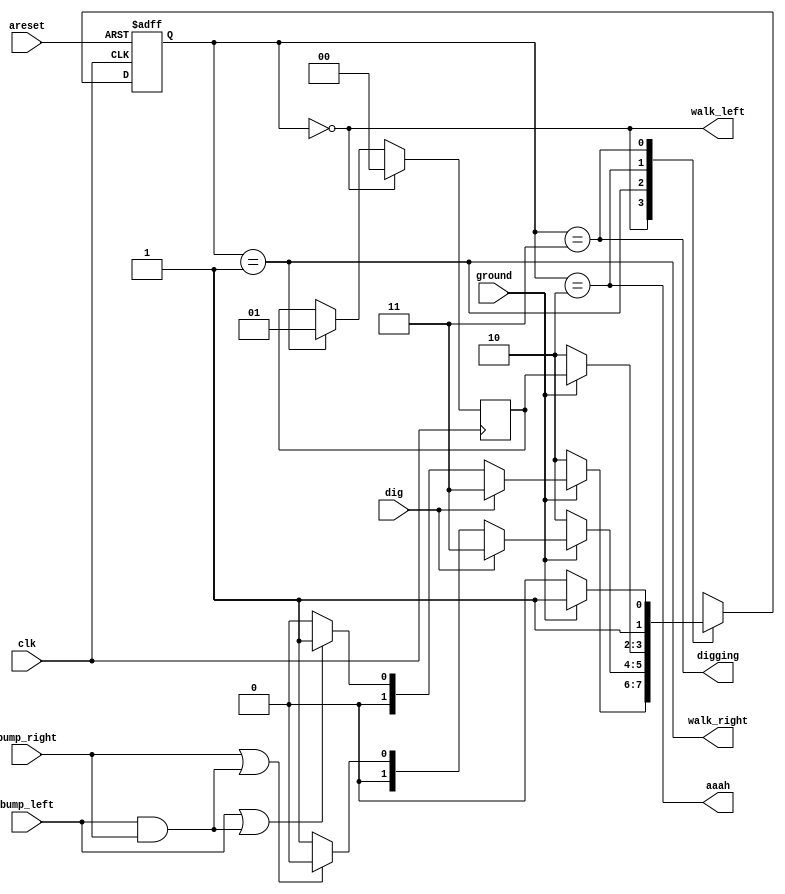
module top_module(
    input clk,
    input areset,    // Freshly brainwashed Lemmings walk left.
    input bump_left,
    input bump_right,
    input ground,
    input dig,
    output walk_left,
    output walk_right,
    output aaah,
    output digging ); 

    parameter LEFT=0, RIGHT=1, FALLING=2, DIGGING=3; 
    reg [1:0] state, next_state, save_state;

    always @(*) begin
        // State transition logic
        case (state)
            LEFT: begin
                if(~ground) next_state = FALLING;
                else if(dig) next_state = DIGGING;
            	else if((bump_left|(bump_left&bump_right))) next_state = RIGHT; 
            	else next_state = LEFT;
            end
            RIGHT: begin
                if(~ground) next_state = FALLING;
                else if(dig) next_state = DIGGING;
            	else if((bump_right|(bump_left&bump_right))) next_state = LEFT; 
            	else next_state = RIGHT;
            end
            FALLING: if(ground) next_state = save_state;
            else next_state = FALLING;
            DIGGING: if(~ground) next_state = FALLING;
            else next_state = DIGGING;
        endcase
    end
    
    always @(posedge clk) begin
        if(state == LEFT)
            save_state = LEFT;
        else if(state == RIGHT)
            save_state = RIGHT;
    end

    always @(posedge clk, posedge areset) begin
        // State flip-flops with asynchronous reset
        if(areset) begin
            state = LEFT;
        end else begin
            state = next_state;
        end
    end
    

    // Output logic
    assign walk_left = (state == LEFT);
    assign walk_right = (state == RIGHT);
    assign aaah = (state == FALLING);
    assign digging = (state == DIGGING);
    
endmodule